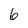
Character: 6